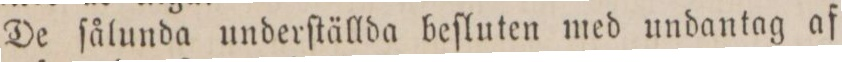
De ſålunda underſtällda beſluten med undantag af